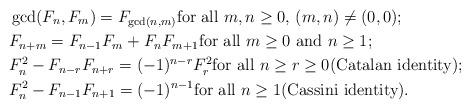
LaTeX: \begin{align*} & \gcd(F_n,F_m)=F_{\gcd(n,m)} \mbox{for all $m,n\ge 0$, $(m,n)\ne(0,0)$};\\& F_{n+m}=F_{n-1}F_m+F_{n}F_{m+1}\mbox{for all $m\ge 0$ and $n\ge 1$}; \\& F_n^2-F_{n-r}F_{n+r}=(-1)^{n-r}F_r^2\mbox{for all $n\ge r\ge 0$}\mbox{(Catalan identity)};\\&F_n^2-F_{n-1}F_{n+1}=(-1)^{n-1}\mbox{for all $n\ge 1$}\mbox{(Cassini identity)}.\end{align*}